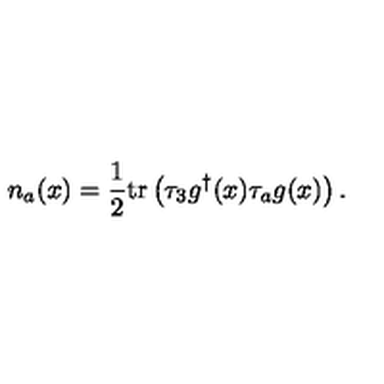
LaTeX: n _ { a } ( x ) = \frac { 1 } { 2 } \mathrm { t r } \left( \tau _ { 3 } g ^ { \dagger } ( x ) \tau _ { a } g ( x ) \right) .